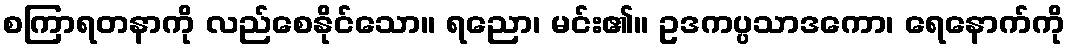
စကြာရတနာကို လည်စေနိုင်သော။ ရညော၊ မင်း၏။ ဥဒကပ္ပသာဒကော၊ ရေနောက်ကို